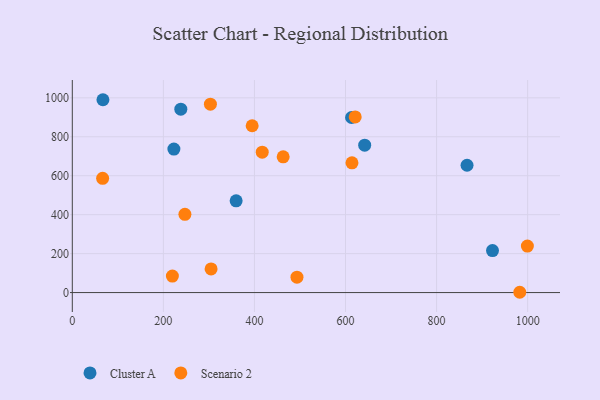
{"axis": {"x": "Price", "y": "Fuel Efficiency"}, "legend": ["Cluster A", "Scenario 2"], "data": [{"x": "359.8", "y": 471.3, "type": "Cluster A"}, {"x": "642.1", "y": 756.7, "type": "Cluster A"}, {"x": "866.9", "y": 653.9, "type": "Cluster A"}, {"x": "922.8", "y": 215.4, "type": "Cluster A"}, {"x": "223.1", "y": 736.7, "type": "Cluster A"}, {"x": "613.3", "y": 899.1, "type": "Cluster A"}, {"x": "67.3", "y": 990.3, "type": "Cluster A"}, {"x": "238.3", "y": 941.6, "type": "Cluster A"}, {"x": "304.8", "y": 121.2, "type": "Scenario 2"}, {"x": "999.4", "y": 238.9, "type": "Scenario 2"}, {"x": "303.3", "y": 967.4, "type": "Scenario 2"}, {"x": "463.1", "y": 697.2, "type": "Scenario 2"}, {"x": "66.6", "y": 586.5, "type": "Scenario 2"}, {"x": "493.4", "y": 78.9, "type": "Scenario 2"}, {"x": "982.7", "y": 1.5, "type": "Scenario 2"}, {"x": "614.2", "y": 666.5, "type": "Scenario 2"}, {"x": "621.3", "y": 902.2, "type": "Scenario 2"}, {"x": "395.0", "y": 856.6, "type": "Scenario 2"}, {"x": "247.3", "y": 401.7, "type": "Scenario 2"}, {"x": "417.1", "y": 720.8, "type": "Scenario 2"}, {"x": "219.8", "y": 84.8, "type": "Scenario 2"}]}